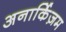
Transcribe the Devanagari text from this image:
अनार्किज़म